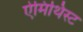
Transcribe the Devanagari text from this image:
ऐमिथिस्ट